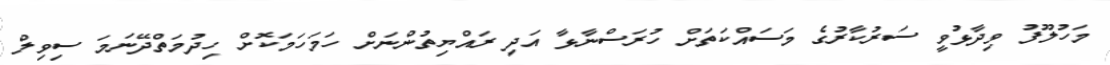
މަހުލޫފު ވިދާޅުވީ ސަރުކާރުގެ މަސައްކަތަށް ހުރަސްނާޅާ އަދި ރައްޔިތުންނަށް ހަމަހަމަކޮށް ހިދުމަތްދޭނަމަ ސިވިލް